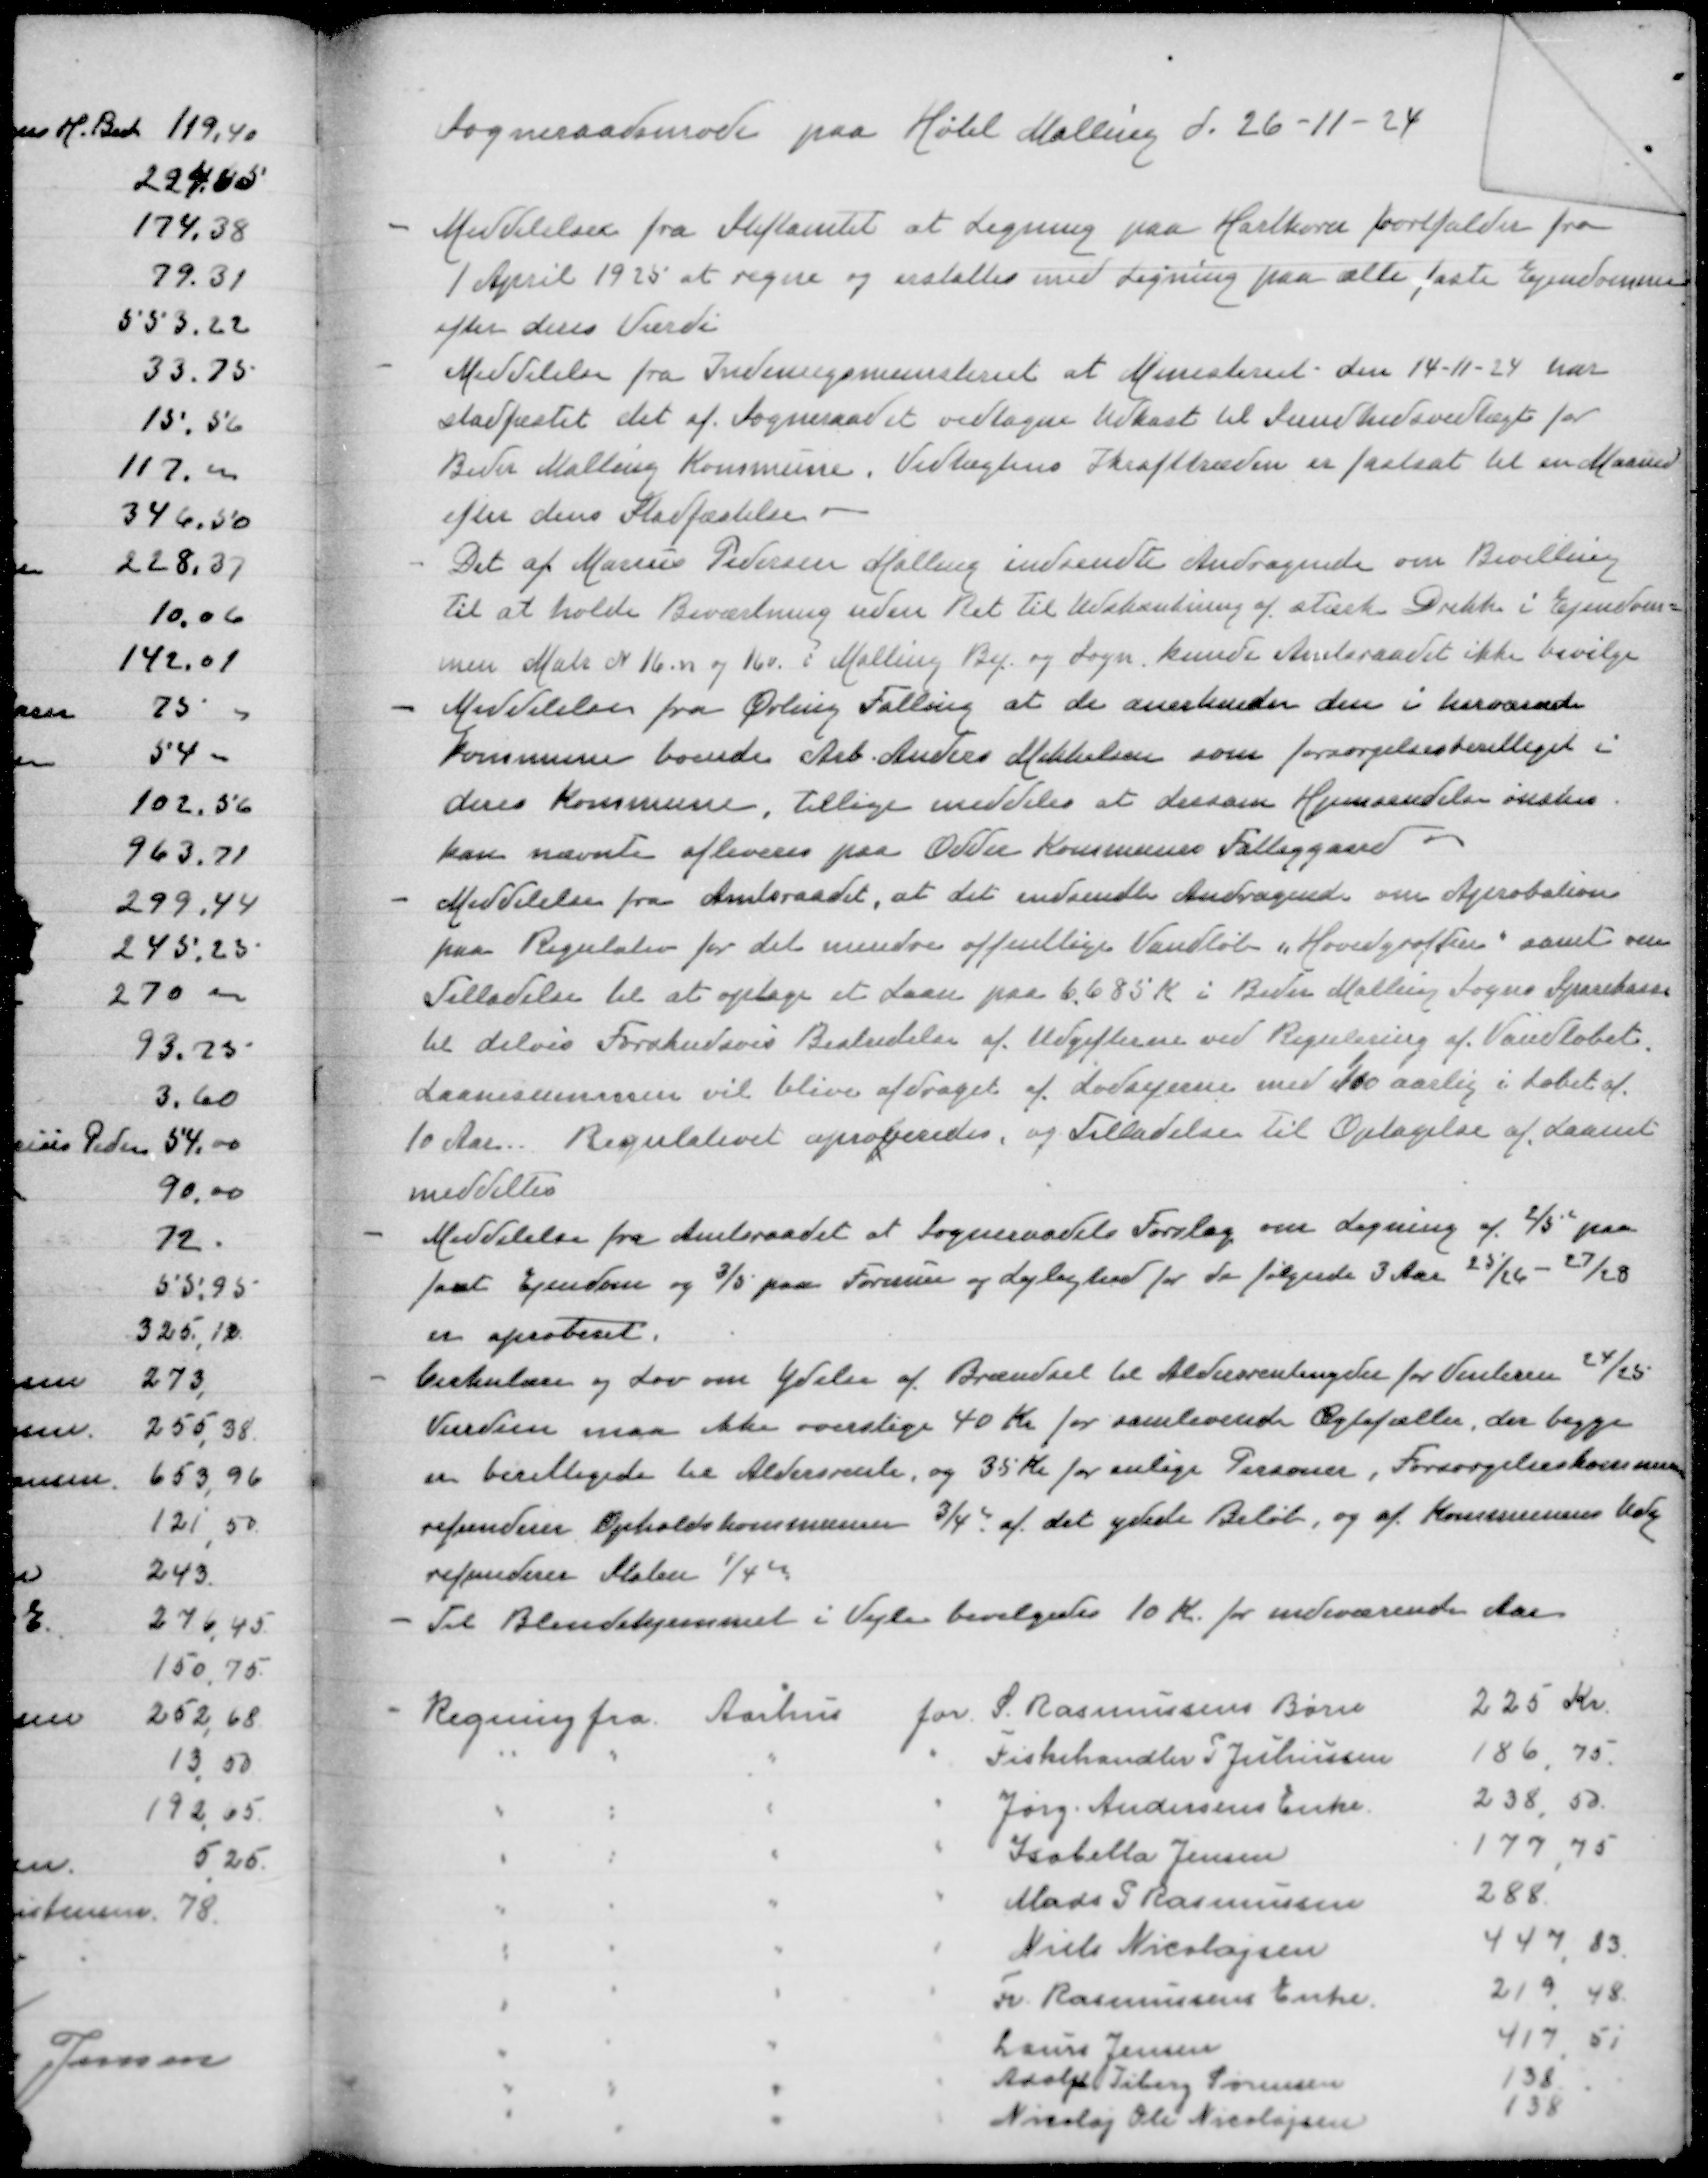
Transskription:
Sogneraadsmøde paa Hotel Mallingd 26-11-24

- Meddelelse fra Stiftamtet at Ligning paa Hartkorn fra
1 April 1925 at regne og erstattes med Ligning paa alle faste Ejendomme
efter deres Værdi
- Meddelelse fra Indenrigsministeriet at Ministeriet den 14-11-24 har
stadfæstet det af Sogneraadet vedtagne Udkast til Sundhedsvedtægter for
Beder Malling Kommune. Vedtægtens Ikrafttræden er fastsat til en Maaned
efter dens Stadfæstelse
- Det eft Marius Pedersen indsendte Andragende om Bevilling
til at holde Beværtning uden Ret til Udskænkning af stærke Drikkei Ejendom=
men Matr N 16n og 16v i Malling By og Sogn kunde Amtsraadet ikke bevilge
- Meddelelse fra Ørting Falling at de anerkender den i herværende
Kommune boende Arb Anders Mikkelsen som forsørgelsesberettiget i
deres Kommune, tillige meddeles at dersom Hjemsendelse ønskes
kan nævnte afleveres paa Odder Kommunes Fattiggaard
Meddelelse fra Amtsraadet, at det indsendte Andragende om Aprobation
paa Regulativ for det mindre offentlige Vandløb "Hovedgrøften" samt om
Tilladelse til at optage et Laan paa 6685 Kr i Beder Malling Sogns Sparekasse
til delvis Forskudsvis Bestridelse af Udgiften ved Regulering af Vandløbet.
Laanesummen vil blive afdraget af Lodsejerne med 100 aarlig i Løbet af
10 Aar. Regulativet aproberedes og Tilladelse til Optagelse af Laanet
meddeltes
- Meddelelse fra Amtsraadet at Sogneraadets Forslag om Ligning af 2/5 paa
fast Ejendom og 3/5 paa Formue og Lejlighed for de følgende 3 Aar 25/26-27/28
er aproberet
- Cirkulære og Lov om Ydelse af Brændsel til Aldersrentenydere for Vinteren 24/25
Værdien maa ikke overstige 40 Kr for samlevende Ægtefæller, der begge
er berettigede til Aldersrente, og 35 Kr for enlige Personer, Forsørgelseskommunen
refunderer Opholdskommunen 3/4 af det ydede Beløb og af Kommunens Køb
refunderer Staten 1/4
- Til Blindehjemmet i Vejle bevilgedes 10 Kr for indeværende Aar

- Regning fra Aarhus for S Rasmussens Børn
225 Kr
" " " " Fiskehandler P Jochumsen
186,75
" " " " Jørg Andersens Enke
238,50
" " " " Isabella Jensen
177,75
" " " "Mads P Rasmussen
288
" " "Niels Nicolajsen "
447,13
" " " " Fr Rasmussens Enke
219,48
" " " " Laurs Jensen
417,51
" " " " Adolph Tiborg Sørensen
138
" " " " Nicolaj Ole Nicolajsen
138